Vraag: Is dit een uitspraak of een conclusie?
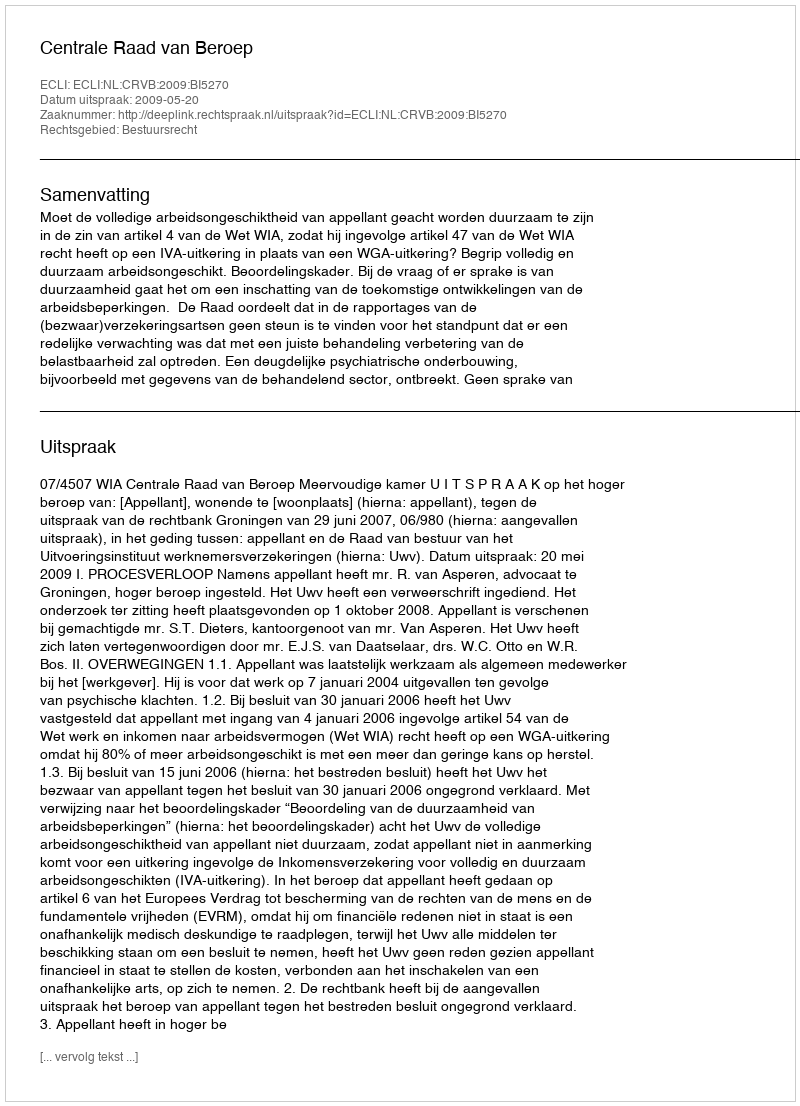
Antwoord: Uitspraak